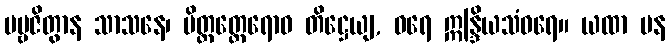
ပဗ္ဗဇိတွာန သာသနေ၊ မိတ္တတ္ထေရောဝ တိဋ္ဌေယျ, ဝရေ ဣန္ဒြိယသံဝရေ။ ယထာ ပန